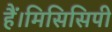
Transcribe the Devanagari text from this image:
हैं।मिसिसिपी